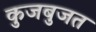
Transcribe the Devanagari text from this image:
कुजबुजत